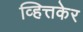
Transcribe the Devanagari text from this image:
व्हित्तकेर